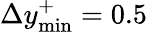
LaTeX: \Delta y_{\mathrm{min}}^{+}=0.5